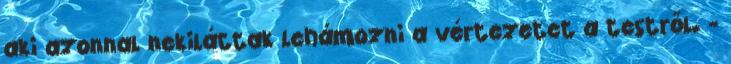
aki azonnal nekiláttak lehámozni a vértezetet a testről. -